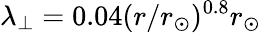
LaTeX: \lambda_{\perp}=0.04(r/r_{\odot})^{0.8}r_{\odot}